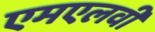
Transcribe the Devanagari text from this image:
एमएलवी